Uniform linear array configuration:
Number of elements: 48
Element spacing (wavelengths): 1
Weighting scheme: hamming
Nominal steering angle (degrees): -15
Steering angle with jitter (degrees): -14.247
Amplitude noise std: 0.05
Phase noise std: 0.05

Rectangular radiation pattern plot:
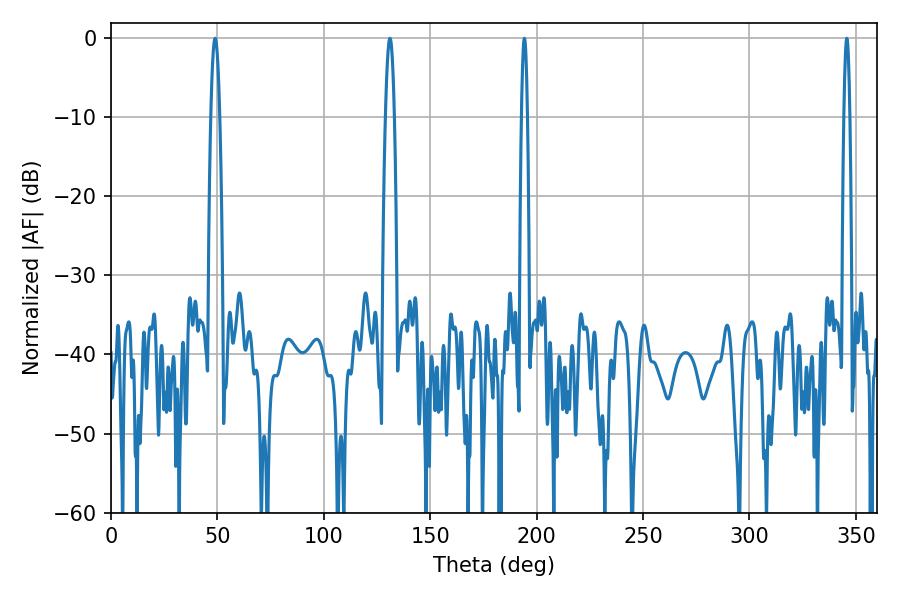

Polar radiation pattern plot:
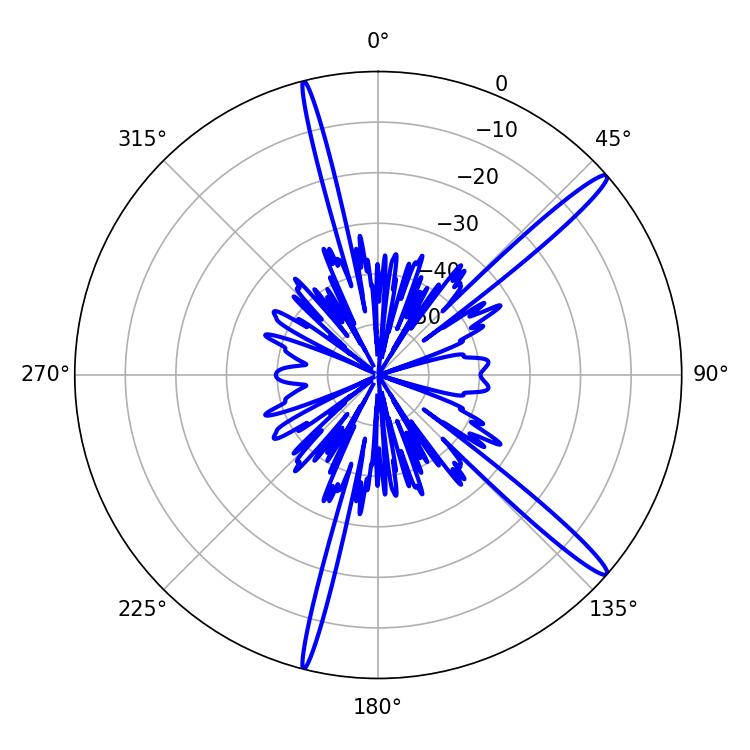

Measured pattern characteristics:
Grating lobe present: TRUE
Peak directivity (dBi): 15.864
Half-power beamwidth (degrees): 2.16
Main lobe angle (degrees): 131.04